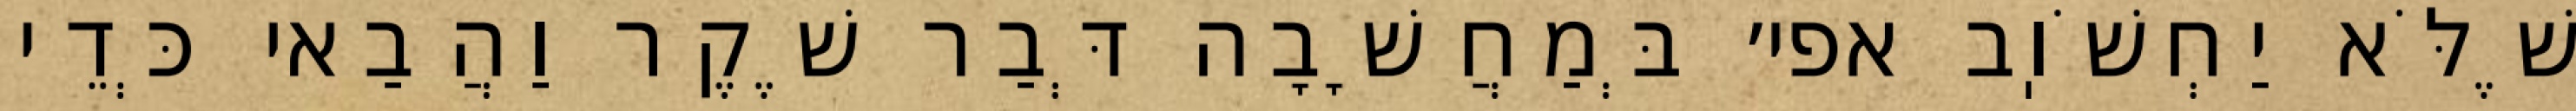
שֶׁלֹּא יַחְשֹׁוֽב אפי׳ בְּמַחֲשָׁבָה דְּבַר שֶׁקֶר וַהֲבַאי כְּדֵי